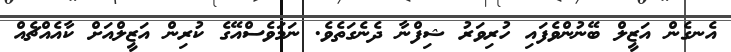
އެނގެން އަޒީލް ބޭނުންވެފައި ހުރިވަރު ޝިފްނާ ދެނެގަތެވެ. ނަމަވެސްއޭގެ ކުރިން އަޒީލްއަށް ކާއެއްޗެއް